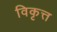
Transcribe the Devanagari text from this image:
विकृत्त